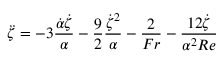
\ddot { \zeta } = - 3 \frac { \dot { \alpha } \dot { \zeta } } { \alpha } - \frac { 9 } { 2 } \frac { \dot { \zeta } ^ { 2 } } { \alpha } - \frac { 2 } { F r } - \frac { 1 2 \dot { \zeta } } { \alpha ^ { 2 } R e }